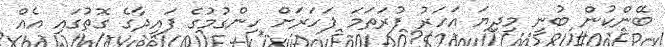
ބޭންކުން ބުނީ މިދިޔަ އަހަރު ފުރަތަމަ ފަހަރަށް ހިންގުމުގެ ފައިދާގެ ގޮތުގައި އެއް